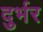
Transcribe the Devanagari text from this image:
दुर्भर